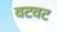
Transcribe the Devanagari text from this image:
वटवट